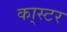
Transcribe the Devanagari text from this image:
का्स्‍टर